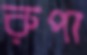
রুপা